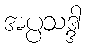
အပ္ပသဒ္ဒါ